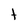
Character: t